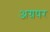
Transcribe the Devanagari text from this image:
अग्रषर